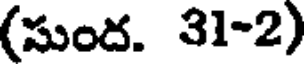
(సుంద. 31-2)